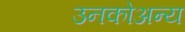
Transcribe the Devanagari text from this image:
उनकोअन्य